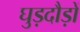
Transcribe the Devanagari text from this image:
घुड़दौड़ों